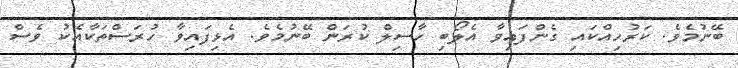
ބޭނުމެވެ. ކަރުހިއްކައި ގެންފައިވާ އެލޯބި ހާސިލް ކުރަން ބޭނުމެވެ. އެޅިފައިވާ ހުރަސްތަކާއެކު ވެސް